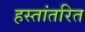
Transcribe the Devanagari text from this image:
हस्तांतरित